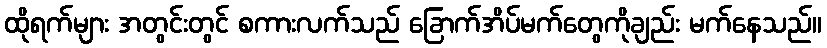
ထိုရက်များ အတွင်းတွင် စကားလက်သည် ခြောက်အိပ်မက်တွေကိုချည်း မက်နေသည်။